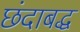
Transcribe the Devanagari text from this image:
छंदाबद्ध